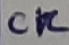
Text: CK